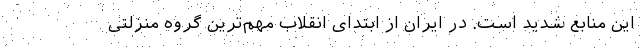
این منابع شدید است. در ایران از ابتدای انقلاب مهم‌ترین گروه منزلتی